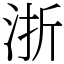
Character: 浙